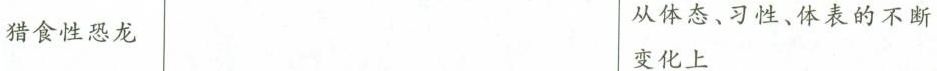
猎食性恐龙 从体态、习性、体表的不断变化上